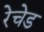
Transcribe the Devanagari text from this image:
रेचेड